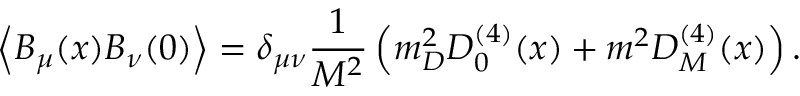
\left< B _ { \mu } ( x ) B _ { \nu } ( 0 ) \right> = \delta _ { \mu \nu } \frac { 1 } { M ^ { 2 } } \left( m _ { D } ^ { 2 } D _ { 0 } ^ { ( 4 ) } ( x ) + m ^ { 2 } D _ { M } ^ { ( 4 ) } ( x ) \right) .